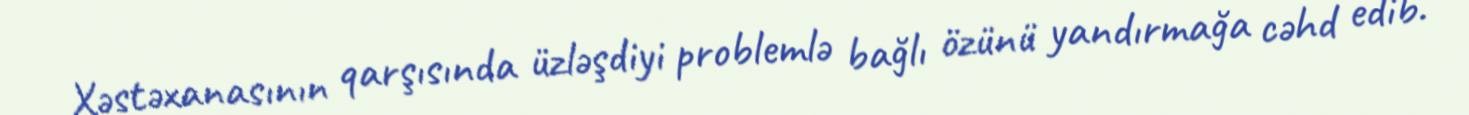
Xəstəxanasının qarşısında üzləşdiyi problemlə bağlı özünü yandırmağa cəhd edib.